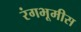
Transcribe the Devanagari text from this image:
रंगभूमीस